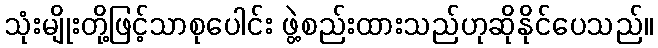
သုံးမျိုးတို့ဖြင့်သာစုပေါင်း ဖွဲ့စည်းထားသည်ဟုဆိုနိုင်ပေသည်။